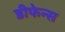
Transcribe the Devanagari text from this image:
डीफेन्स